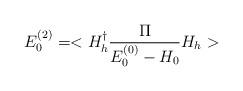
LaTeX: \begin{align*}E_{0}^{(2)}=<H_{h}^{\dagger}\frac{\Pi}{E_{0}^{(0)}-H_{0}}H_{h}>\end{align*}